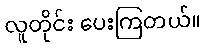
လူတိုင်း ပေးကြတယ်။